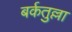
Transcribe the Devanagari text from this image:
बर्कतुल्ला